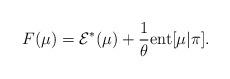
LaTeX: \begin{align*} F(\mu) = \mathcal{E}^{*} (\mu) + \frac{1}{\theta} {\rm ent}[\mu | \pi].\end{align*}